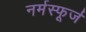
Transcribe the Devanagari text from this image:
नर्मस्फूर्ज